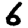
Digit: 6